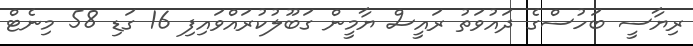
ރިޔާސީ ބަހުސްގެ ދައުވަތު ރައީސް ޔާމީން ގަބޫލުކުރައްވައިފި 16 ގަޑި 58 މިނެޓް